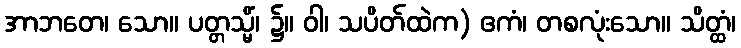
အာဘတေ၊ သော။ ပတ္တသ္မိံ၊ ၌။ ဝါ၊ သပိတ်ထဲက) ဧကံ၊ တစလုံးသော။ သိတ္ထံ၊